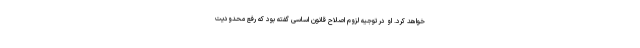
خواهد کرد. او در توجیه لزوم اصلاح قانون اساسی گفته بود که رفع محدودیت